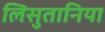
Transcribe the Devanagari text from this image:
लिसुतानिया